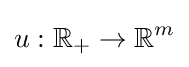
u:\mathbb {R} _{+}\to \mathbb {R} ^{m}